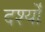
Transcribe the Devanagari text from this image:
दर्श्यों